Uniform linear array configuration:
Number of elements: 12
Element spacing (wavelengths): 0.5
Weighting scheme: uniform
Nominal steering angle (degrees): -60
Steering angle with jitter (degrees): -60.788
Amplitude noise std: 0.05
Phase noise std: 0.05

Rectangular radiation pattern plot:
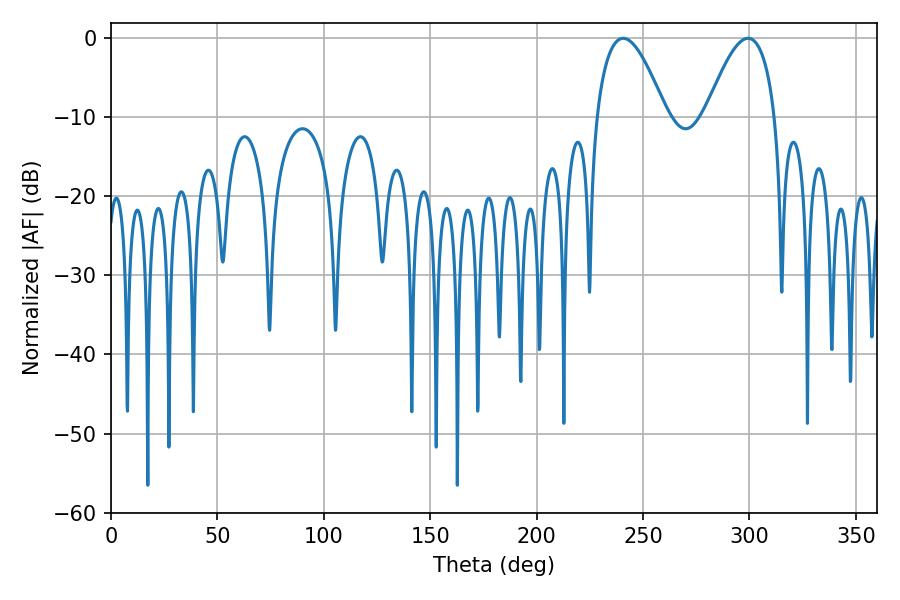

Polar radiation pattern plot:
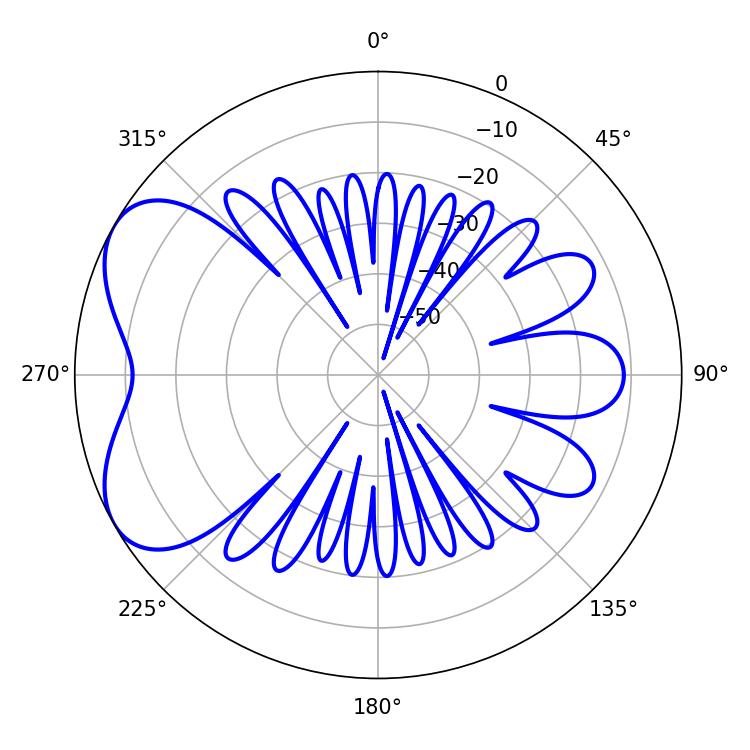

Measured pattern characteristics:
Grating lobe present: FALSE
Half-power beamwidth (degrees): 17.82
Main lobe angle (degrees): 240.66